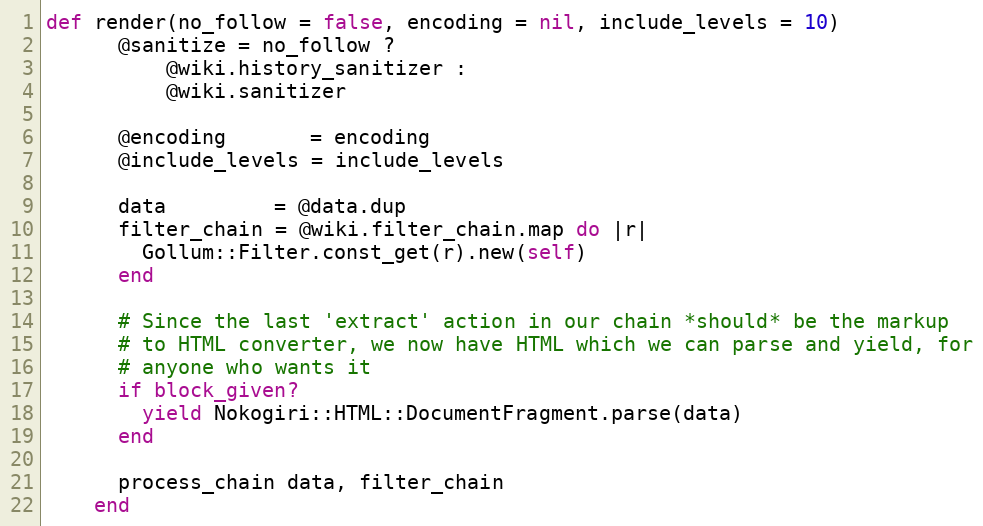
Language: Ruby
def render(no_follow = false, encoding = nil, include_levels = 10)
      @sanitize = no_follow ?
          @wiki.history_sanitizer :
          @wiki.sanitizer

      @encoding       = encoding
      @include_levels = include_levels

      data         = @data.dup
      filter_chain = @wiki.filter_chain.map do |r|
        Gollum::Filter.const_get(r).new(self)
      end

      # Since the last 'extract' action in our chain *should* be the markup
      # to HTML converter, we now have HTML which we can parse and yield, for
      # anyone who wants it
      if block_given?
        yield Nokogiri::HTML::DocumentFragment.parse(data)
      end

      process_chain data, filter_chain
    end